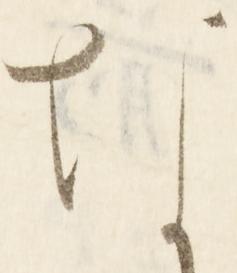
な